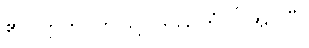
၏။ ဣတိ၊ ဤသို့။ ဒဿိတံ၊ ပြအပ်ပြီ။